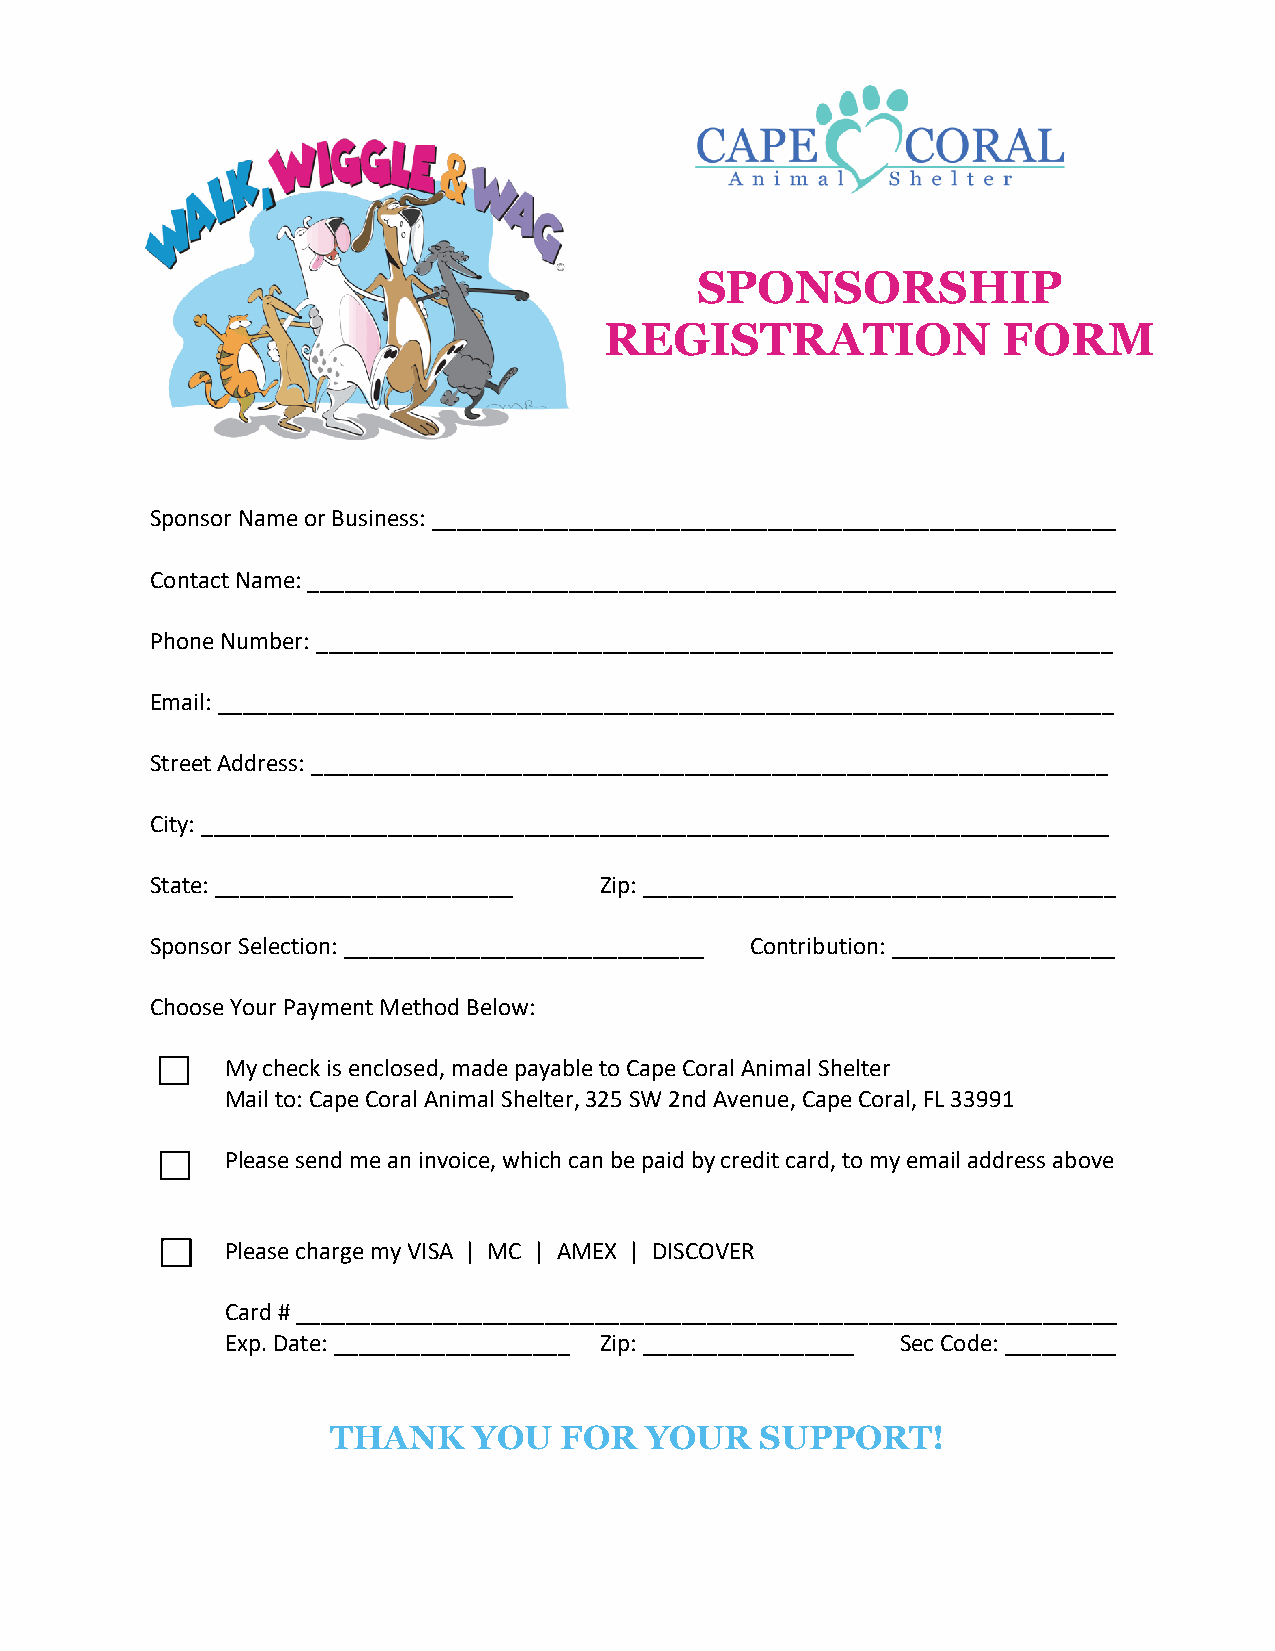
SPONSORSHIP
 REGISTRATION              FORM
 Sponsor Name or Business: _______________________________________________________
 Contact Name: _________________________________________________________________
 Phone Number: ________________________________________________________________
 Email: ________________________________________________________________________
 Street Address: ________________________________________________________________
 City: _________________________________________________________________________
 State: ________________________ Zip: ______________________________________
 Sponsor Selection: _____________________________ Contribution: __________________
 Choose Your Payment Method Below:
 My check is enclosed, made payable to Cape Coral Animal Shelter
 Mail to: Cape Coral Animal Shelter, 325 SW 2nd Avenue, Cape Coral, FL 33991
 Please send me an invoice, which can be paid by credit card, to my email address above
 Please charge my VISA | MC | AMEX | DISCOVER
 Card # __________________________________________________________________
 Exp. Date: ___________________ Zip: _________________ Sec Code: _________
 THANK    YOU   FOR   YOUR   SUPPORT!